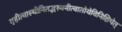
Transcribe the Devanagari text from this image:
गृहीत्वास्थीनितद्भस्मनीत्वातोयेविनिक्षिपेत्